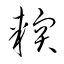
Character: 軟